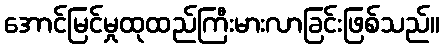
အောင်မြင်မှုထုထည်ကြီးမားလာခြင်းဖြစ်သည်။